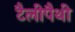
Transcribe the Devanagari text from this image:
टैलीपैथी